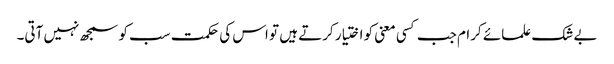
بے شک علمائے کرام جب کسی معنی کو اختیار کرتے ہیں تو اس کی حکمت سب کو سمجھ نہیں آتی۔